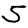
Digit: 5